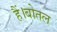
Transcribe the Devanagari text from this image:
हैं।बोतल